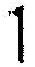
1